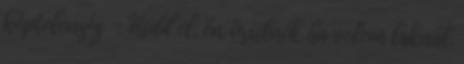
képtelenség - Hidd el, én örülnék ha velem laknál.